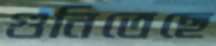
গুনিতেছে